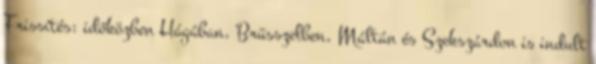
Frissítés: időközben Hágában, Brüsszelben, Máltán és Szekszárdon is indult